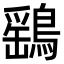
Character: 鷂